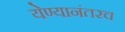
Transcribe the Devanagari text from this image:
येण्यानंतरच